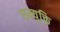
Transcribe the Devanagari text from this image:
सन्युक्ति